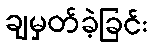
ချမှတ်ခဲ့ခြင်း